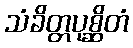
သံခိတ္တပုစ္ဆိတံ